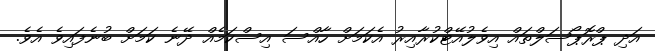
އަދި ޕްރޮޕޯސަލްތައް އިވެލުއޭޓްކުރާއިރު އެކަމަށް ހާއްސަ އިސްކަމެއް ދޭނެ ކަމަށް ބުނެފައިވެ އެވެ.